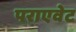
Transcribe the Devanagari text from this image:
पराएवेट